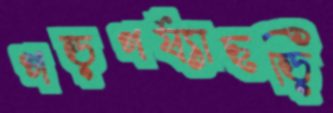
গড়গর্য্যাছড়ি